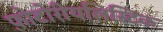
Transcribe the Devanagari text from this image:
फ़ोटोरीयलिस्टिक